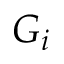
G _ { i }